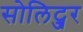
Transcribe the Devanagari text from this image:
सोलिट्जर